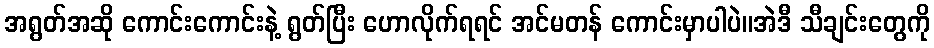
အရွတ်အဆို ကောင်းကောင်းနဲ့ ရွတ်ပြီး ဟောလိုက်ရရင် အင်မတန် ကောင်းမှာပါပဲ။အဲဒီ သီချင်းတွေကို